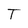
Character: T